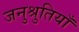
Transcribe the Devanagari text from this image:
जनुश्रुतियाँ